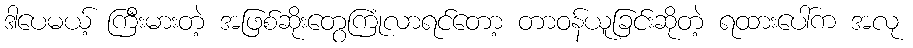
ဒါပေမယ့် ကြီးမားတဲ့ အဖြစ်ဆိုးတွေကြုံလာရင်တော့ တာဝန်ယူခြင်းဆိုတဲ့ ရထားပေါ်က အလု